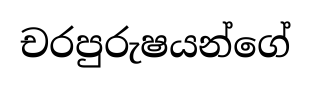
චරපුරුෂයන්ගේ